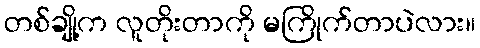
တစ်ချို့က လူတိုးတာကို မကြိုက်တာပဲလား။